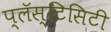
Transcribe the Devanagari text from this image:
प्लॅस्टिसिटी